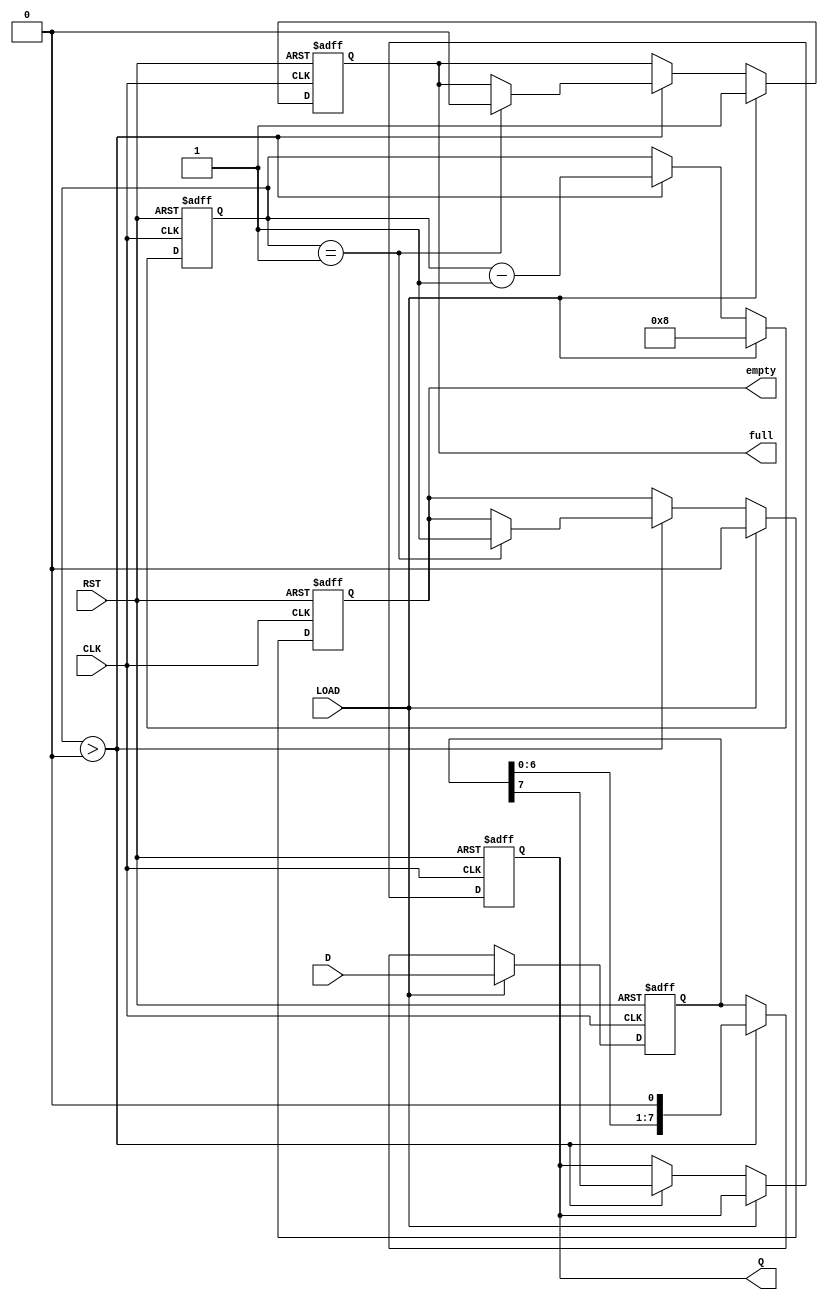
module PISO_Register #(
    parameter N = 8 // Width of the register (number of parallel inputs)
)(
    input wire [N-1:0] D,      // Parallel Data Input
    input wire LOAD,            // Load Control Signal
    input wire CLK,             // Clock Signal
    input wire RST,             // Reset Signal (Asynchronous)
    output reg Q,               // Serial Output
    output reg empty,           // Empty Flag
    output reg full             // Full Flag
);

    reg [N-1:0] shift_reg;      // Shift register to hold data
    reg [3:0] count;            // Counter to track bits shifted out

    always @(posedge CLK or posedge RST) begin
        if (RST) begin
            shift_reg <= 0;      // Clear the shift register on reset
            Q <= 0;              // Clear output
            empty <= 1;          // Initially, it is empty
            full <= 0;           // Not full
            count <= 0;          // Reset counter
        end else if (LOAD) begin
            shift_reg <= D;      // Load data into shift register
            empty <= 0;          // Now it is not empty
            full <= 1;           // Now it is full
            count <= N;          // Set count to N (number of bits)
        end else if (count > 0) begin
            Q <= shift_reg[N-1]; // Output the MSB of the shift register
            shift_reg <= {shift_reg[N-2:0], 1'b0}; // Shift left
            count <= count - 1;  // Decrement the count
            if (count == 1) begin
                full <= 0;        // Not full anymore
                empty <= 1;       // It will be empty after last bit
            end
        end
    end

endmodule